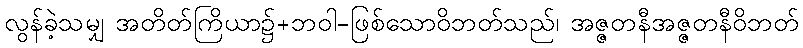
လွန်ခဲ့သမျှ အတိတ်ကြိယာ၌+ဘဝါ-ဖြစ်သောဝိဘတ်သည်၊ အဇ္ဇတနီအဇ္ဇတနီဝိဘတ်